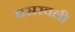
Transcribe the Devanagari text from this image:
घसरवली